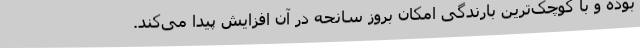
بوده و با کوچک‌ترین بارندگی امکان بروز سانحه در آن افزایش پیدا می‌کند.